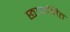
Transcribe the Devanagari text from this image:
छावनित